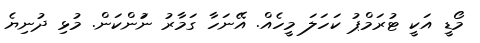
މޯޑީ އަކީ ޓުރަމްޕު ކަހަލަ މީހެއް. އޭނަހާ ގަމާރު ނަުންކަން. މުޅި ދުނިޔެ